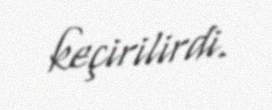
keçirilirdi.